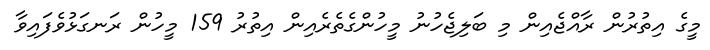
މީގެ އިތުރުން ރާއްޖެއިން މި ބަލިޖެހުނު މީހުންގެތެރެއިން އިތުރު 159 މީހުން ރަނގަޅުވެފައިވާ